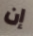
إن